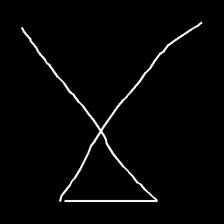
Glyph: collection